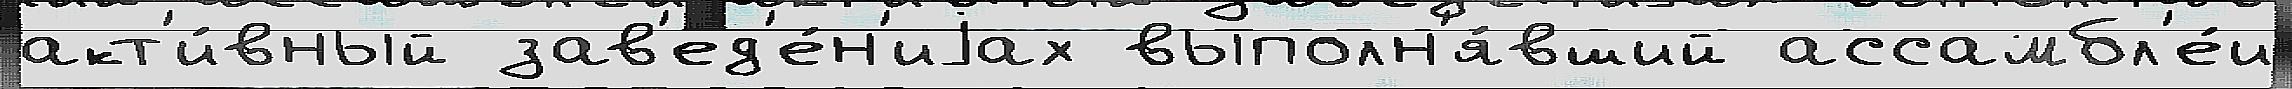
акт'и́вный зав'ед'е́н'иjах выполн'я́вший ассамбл'е́и